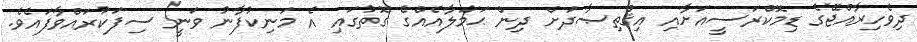
ދިވެހިރާއްޖޭގެ ޑިމޮކްރަސީއަށާއި އިޤްތިޞާދަށް ދިން ޙަމަލާއެއްގެ ގޮތުގައި އެ މަނިކުފާނު ވަނީ ސިފަކުރައްވާފައެވެ.